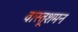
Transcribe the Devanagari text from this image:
वास्तूशमन